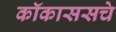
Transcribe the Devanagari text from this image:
कॉकाससचे